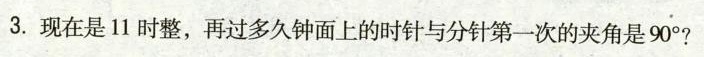
3.现在是11时整，再过多久钟面上的时针与分针第一次的夹角是90°?